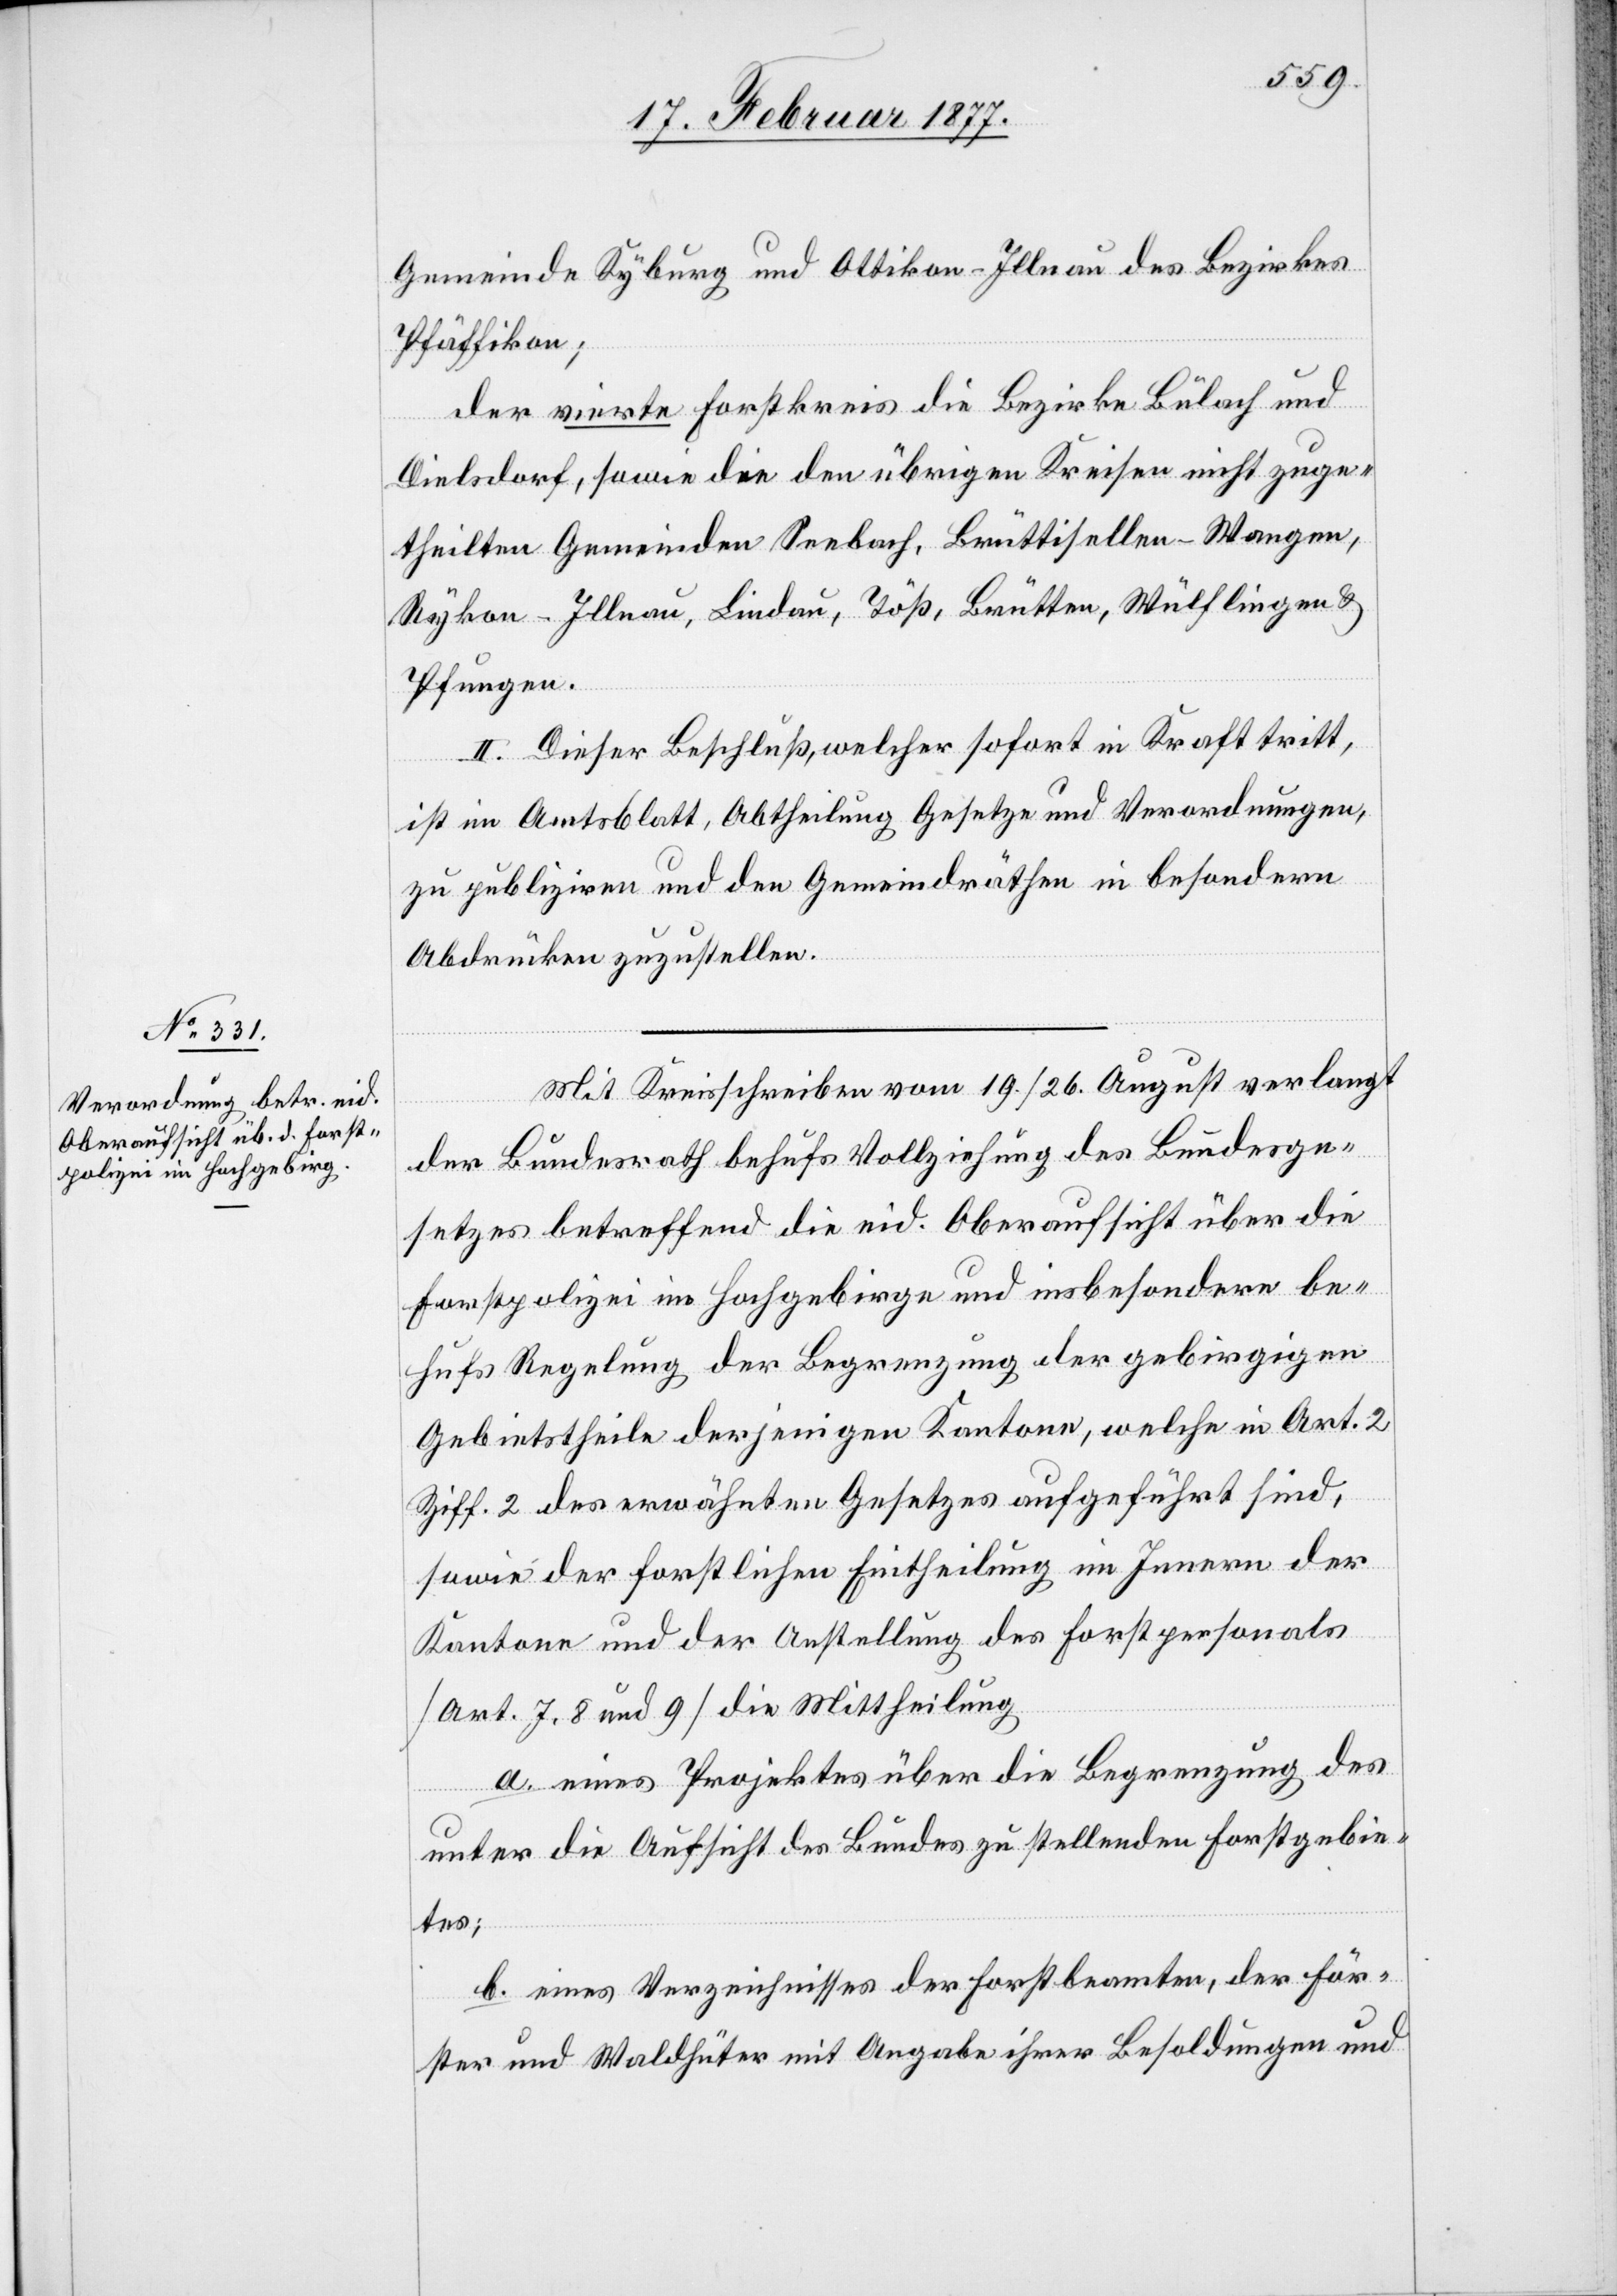
Gemeinde Kyburg und Ottikon - Illnau des Bezirkes
Pfäffikon;
der vierte Forstkreis die Bezirke Bülach und
Dielsdorf, sowie die den übrigen Kreisen nicht zuge¬
theilten Gemeinden Seebach, Brütisellen - Wangen,
Rykon - Illnau, Lindau, Töß, Brütten, Wülflingen &
Pfungen.
II. Dieser Beschluß, welcher sofort in Kraft tritt,
ist im Amtsblatt, Abtheilung Gesetze und Verordnungen,
zu publiziren und den Gemeindräthen in besondern
Abdrücken zuzustellen.
Mit Kreisschreiben vom 19./26. August verlangt
der Bundesrath behufs Vollziehung des Bundesge¬
setzes betreffend die eid. Oberaufsicht über die
Forstpolizei im Hochgebirge und insbesondere be¬
hufs Reglung der Begrenzung der gebirgigen
Gebietstheile derjenigen Kantone, welche in Art. 2
Ziff. 2 des erwähnten Gesetzes aufgeführt sind,
sowie der forstlichen Eintheilung im Innern der
Kantone und der Anstellung des Forstpersonals
[Art. 7, 8 und 9] die Mittheilung
a. eines Projektes über die Begrenzung des
unter die Aufsicht des Bundes zu stellenden Forstgebie¬
tes;
b. eines Verzeichnisses der Forstbeamten, der För¬
ster und Waldhüter mit Angabe ihrer Besoldung und